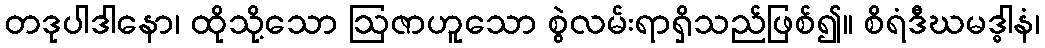
တဒုပါဒါနော၊ ထိုသို့သော ဩဇာဟူသော စွဲလမ်းရာရှိသည်ဖြစ်၍။ စိရံဒီဃမဒ္ဓါနံ၊